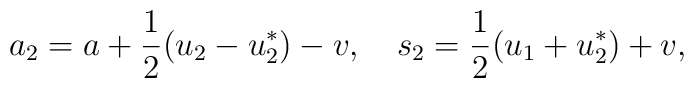
a_2=a+\frac{1}{2}(u_2-u_2^*)-v,\quad s_2=\frac{1}{2}(u_1+u_2^*)+v,